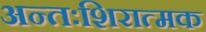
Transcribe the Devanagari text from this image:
अन्तःशिरात्मक